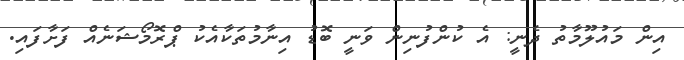
އިން މައުލޫމާތު ދެނީ: އެ ކުންފުނިން ވަނީ ބޮޑު އިނާމުތަކާއެކު ޕްރޮމޯޝަނެއް ފަށާފައި.